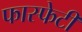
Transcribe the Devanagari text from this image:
फास्फेटी